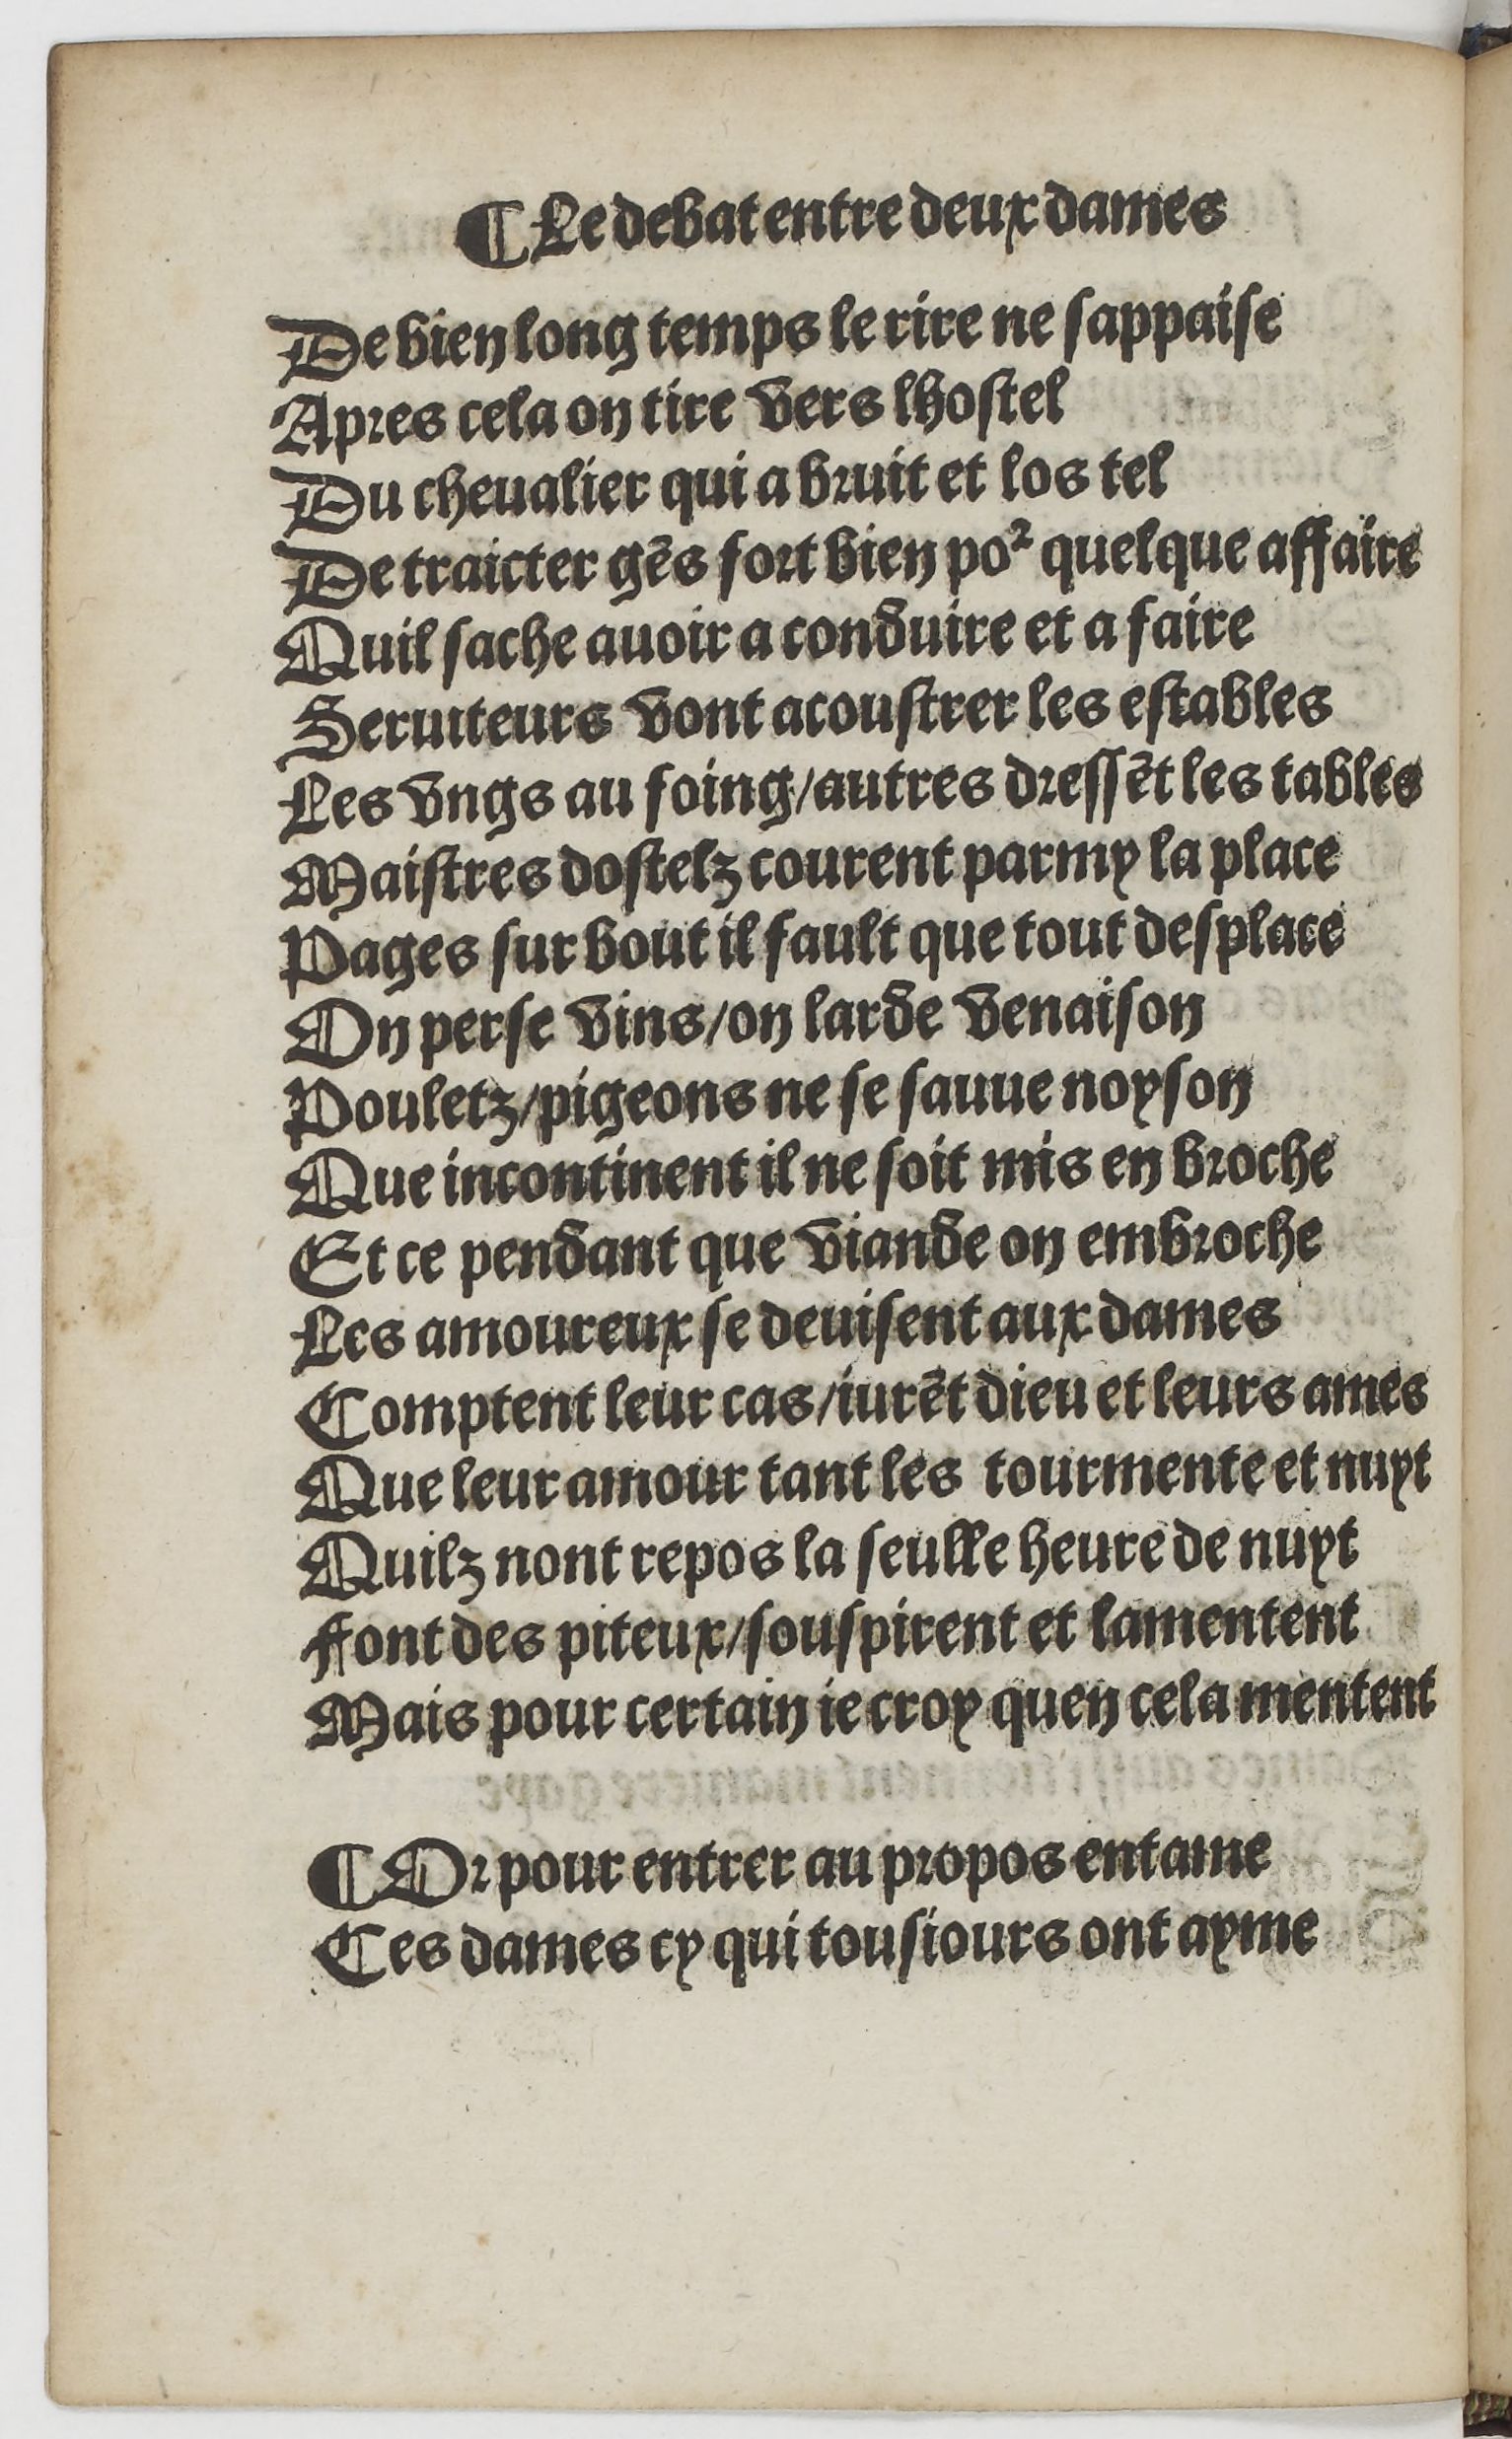
Shelfmark: Paris, BnF, Rés. YE-1395
Century: 16